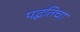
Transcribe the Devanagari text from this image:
पद्धतिचा